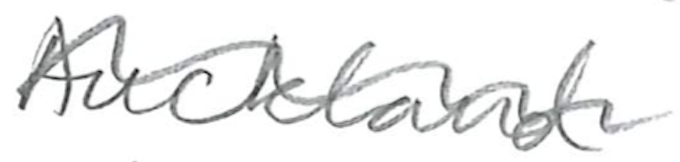
Text: Auckland
Cross-out: wave
Writing tool: pencil